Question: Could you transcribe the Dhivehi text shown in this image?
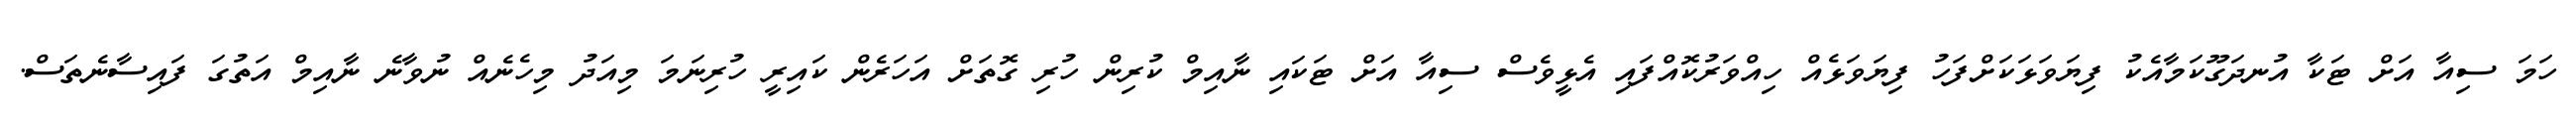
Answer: ހަމަ ސިއާ އަށް ޓަކާ އުނދަގޫކަމާއެކު ފިޔަވަޅަކަށްފަހު ފިޔަވަޅެއް ހިއްވަރުކޮއްފައި އެޅީވެސް ސިއާ އަށް ޓަކައި ނާއިމް ކުރިން ހުރި ގޮތަށް އަހަރެން ކައިރީ ހުރިނަމަ މިއަދު މިހެނެއް ނުވާނެ ނާއިމް އަތުގަ ފައިސާނެތަސް.